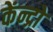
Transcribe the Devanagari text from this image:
केंन्द्रो